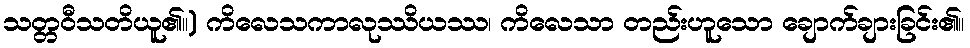
သတ္တဝီသတိယူ၏။) ကိလေသကာလုဿိယဿ၊ ကိလေသာ တည်းဟူသော ချောက်ချားခြင်း၏။